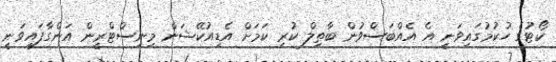
ކޯޓުގެ ހުކުމުގައިވަނީ އެ އެއްބަސްވުން ބާތިލް ކުރި ކަމަށް އެޑިއުކޭޝަން މިނިސްޓްރީން އަންގާފައިވަނީ